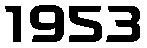
1953